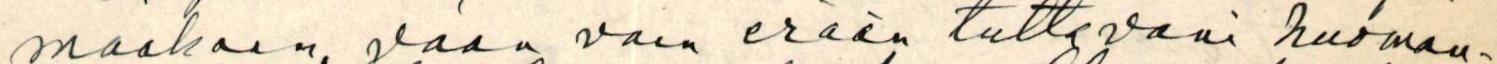
maakaan, vaan vain erään tuttavani huomau-